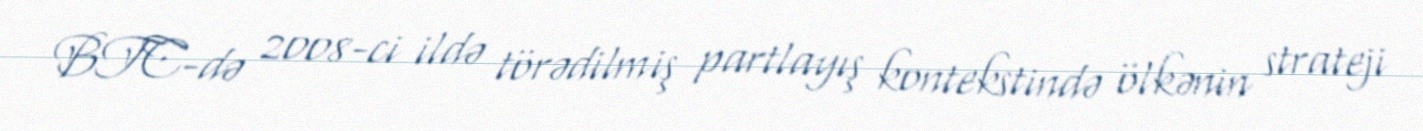
BTC-də 2008-ci ildə törədilmiş partlayış kontekstində ölkənin strateji